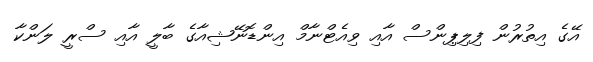
އޭގެ އިތުރުން ފިލިޕިންސް އާއި ވިއެޓްނާމް އިންޑޮނޭޝިއާގެ ބާލީ އާއި ސްރީ ލަންކާ